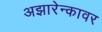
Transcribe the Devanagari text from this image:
अझारेन्कावर